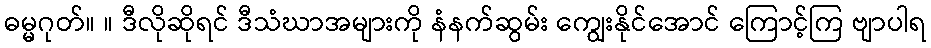
ဓမ္မဂုတ်။ ။ ဒီလိုဆိုရင် ဒီသံဃာအများကို နံနက်ဆွမ်း ကျွေးနိုင်အောင် ကြောင့်ကြ ဗျာပါရ